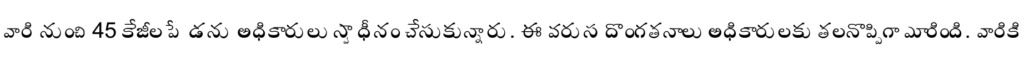
వారి నుంచి 45 కేజీల పేడను అధికారులు స్వాధీనం చేసుకున్నారు. ఈ వరుస దొంగతనాలు అధికారులకు తలనొప్పిగా మారింది. వారికి